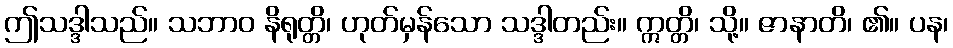
ဤသဒ္ဒါသည်။ သဘာဝ နိရုတ္တိ၊ ဟုတ်မှန်သော သဒ္ဒါတည်း။ ဣတ္တိ၊ သို့။ ဇာနာတိ၊ ၏။ ပန၊